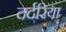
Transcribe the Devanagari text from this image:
दर्दरिया